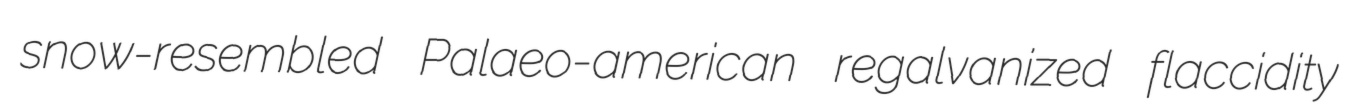
snow-resembled Palaeo-american regalvanized flaccidity